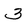
Character: 3